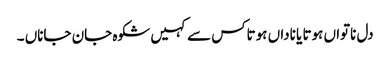
دل ناتواں ہوتا یا ناداں ہوتاکس سے کہیں شکوہ جان جاناں ۔